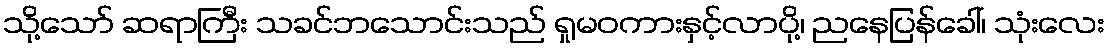
သို့သော် ဆရာကြီး သခင်ဘသောင်းသည် ရှုမဝကားနှင့်လာပို့၊ ညနေပြန်ခေါ်၊ သုံးလေး